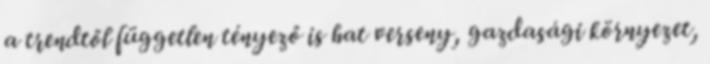
a trendtől független tényező is hat verseny, gazdasági környezet,